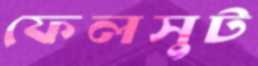
ফেলসুট